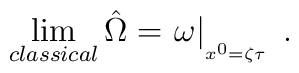
\lim_{classical}\hat{\Omega}=\left. \omega \right| _{_{x^{0}=\zeta \tau }}\;.